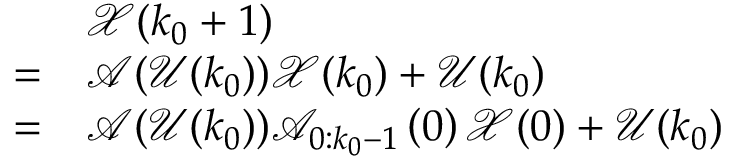
\begin{array} { r l } & { \mathscr { X } ( k _ { 0 } + 1 ) } \\ { = } & { \mathscr { A } ( \mathscr { U } ( k _ { 0 } ) ) \mathscr { X } ( k _ { 0 } ) + \mathscr { U } ( k _ { 0 } ) } \\ { = } & { \mathscr { A } ( \mathscr { U } ( k _ { 0 } ) ) \mathscr { A } _ { 0 : k _ { 0 } - 1 } \left( 0 \right) \mathscr { X } ( 0 ) + \mathscr { U } ( k _ { 0 } ) } \end{array}